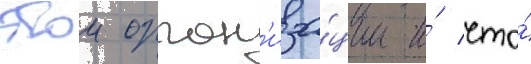
этои орган'иза́ции и́ что́